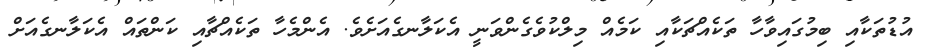
އުޑުތަކާއި ބިމުގައިވާހާ ތަކެއްޗަކާއި ކަމެއް މިލްކުވެގެންވަނީ އެކަލާނގެއަށެވެ. އެންމެހާ ތަކެއްޗާއި ކަންތައް އެކަލާނގެއަށް